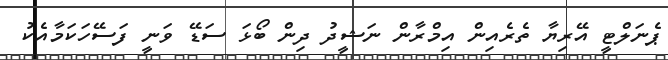
ޕެނަލްޓީ އޭރިޔާ ތެރެއިން އިމްރާން ނަޝީދު ދިން ބޯޅަ ސަޑޭ ވަނީ ފަސޭހަކަމާއެކު